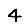
Digit: 4